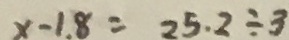
x - 1 . 8 = 2 5 . 2 \div 3